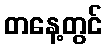
တနေ့တွင်